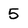
Character: 5